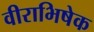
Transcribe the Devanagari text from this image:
वीराभिषेक